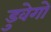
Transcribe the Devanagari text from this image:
डुवेगो